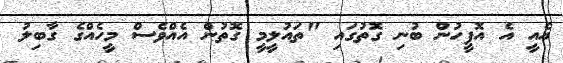
އެއީ އެ އޮފީހުން ބުނި ގޮތުގައި "ތައުލީމީ ގޮތުން އެއްވެސް މީހެއްގެ ގާބިލު